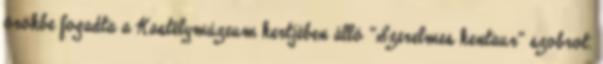
örökbe fogadta a Kastélymúzeum kertjében álló "Szerelmes kentaur" szobrot.